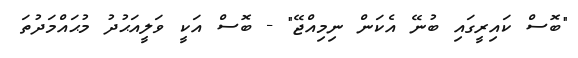
"ބޮސް ކައިރީގައި ބުނޭ އެކަން ނިމިއްޖޭ" - ބޮސް އަކީ ވަލީއަޙުދު މުޙައްމަދުތަ